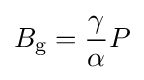
B_{\text{g}}={\frac {\gamma }{\alpha }}P